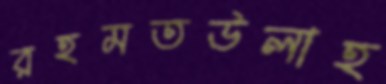
রহমতউলাহ